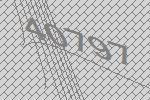
40797